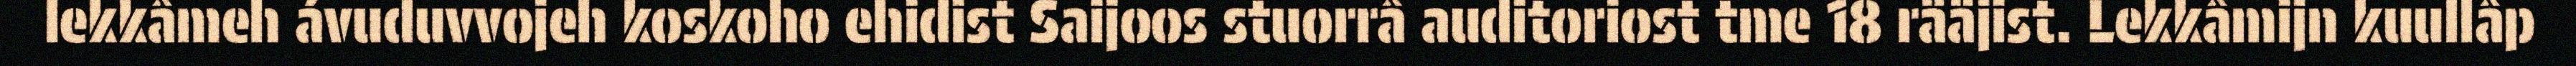
lekkâmeh ávuduvvojeh koskoho ehidist Saijoos stuorrâ auditoriost tme 18 rääjist. Lekkâmijn kuullâp